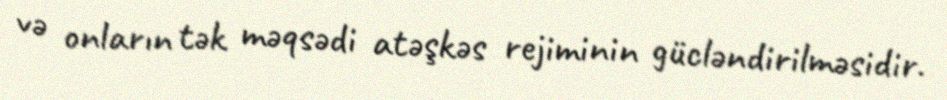
və onların tək məqsədi atəşkəs rejiminin gücləndirilməsidir.